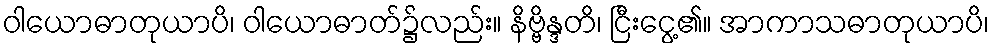
ဝါယောဓာတုယာပိ၊ ဝါယောဓာတ်၌လည်း။ နိဗ္ဗိန္ဒတိ၊ ငြီးငွေ့၏။ အာကာသဓာတုယာပိ၊